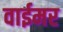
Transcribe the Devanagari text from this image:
वाईमर